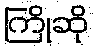
ကြိုဆို